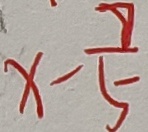
x - \frac { 7 } { 5 }